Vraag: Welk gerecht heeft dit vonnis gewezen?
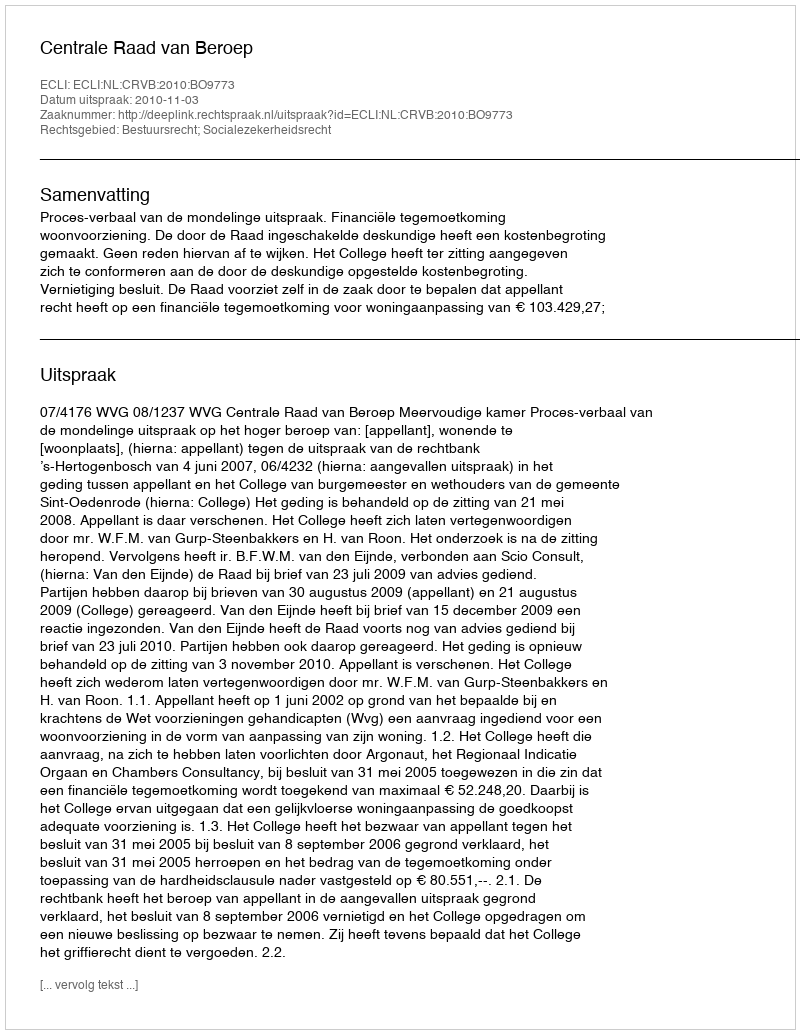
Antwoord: Centrale Raad van Beroep